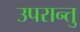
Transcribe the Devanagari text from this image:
उपरान्तु